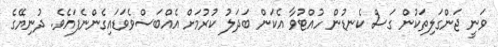
ވަނީ ޖަންގަލިތަކުން ގަސް ކެނޑުން ހުއްޓުވާ އެކަން ބަދަލު ކުރުމަށް އެއްބަސްވެވަޑައިގެންނެފައެވެ. ދުނިޔޭގެ